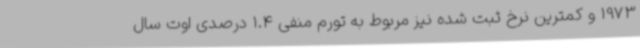
1973 و کمترین نرخ ثبت شده نیز مربوط به تورم منفی 1.4 درصدی اوت سال